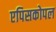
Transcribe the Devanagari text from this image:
एपिसकोपल